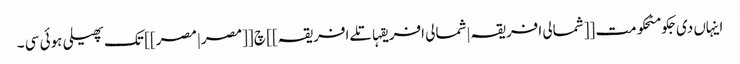
اینہاں دی جکومٹحکومت [[شمالی افریقہ|شمالی افریقہاتلےافریقہ]] چ [[مصر|مصر]] تک پھیلی ہوئی سی ۔